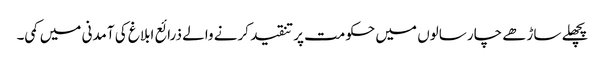
پچھلے ساڑھے چار سالوں میں حکومت پر تنقید کرنے والے ذرائع ابلاغ کی آمدنی میں کمی۔